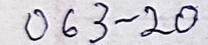
063 - 20